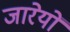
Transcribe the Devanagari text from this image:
जारेयों